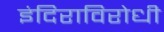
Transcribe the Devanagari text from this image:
इंदिराविरोधी